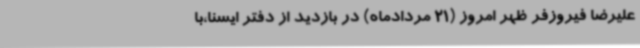
علیرضا فیروزفر ظهر امروز (21 مردادماه) در بازدید از دفتر ایسنا،با